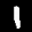
Label: 1